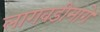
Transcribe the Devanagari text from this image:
लागवडीमागे